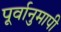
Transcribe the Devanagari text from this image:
पूर्वानुमापी